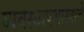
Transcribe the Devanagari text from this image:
व्यवस्थापशास्त्राचे